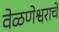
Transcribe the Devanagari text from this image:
वेळणेश्वराचे